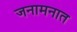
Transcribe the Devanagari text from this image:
जनामनात